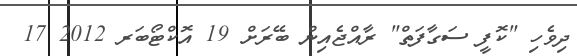
ދިވެހި "ކޮފީ ސަގާފަތް" ރާއްޖެއިން ބޭރަށް 19 އޮކްޓޯބަރ 2012 17